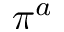
\pi ^ { a }